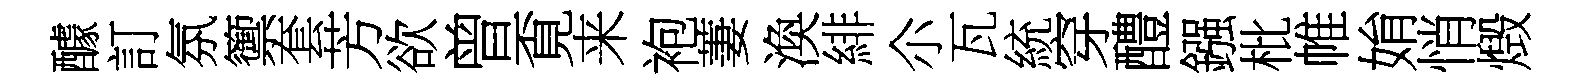
醵訂氛籞套芳欲曾覔来袍萋渙緋尒瓦統穿醴鏹枇帷姢悄燬